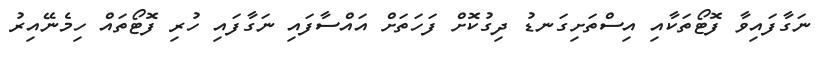
ނަގާފައިވާ ފޮޓޯތަކާއި އިސްތަށިގަނޑު ދިގުކޮށް ފަހަތަށް އައްސާފައި ނަގާފައި ހުރި ފޮޓޯތައް ހިމެނޭއިރު